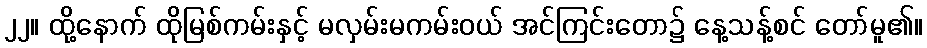
၂၂။ ထို့နောက် ထိုမြစ်ကမ်းနှင့် မလှမ်းမကမ်းဝယ် အင်ကြင်းတော၌ နေ့သန့်စင် တော်မူ၏။